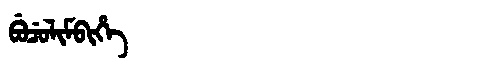
Manchu: ᠪᡠᠴᡠᠯᡳᠮᠪᡳᡥᡝ
Romanization: BUCULIMBIHE